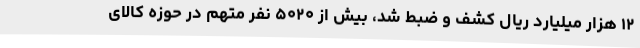
۱۲ هزار میلیارد ریال کشف و ضبط شد، بیش از ۵۰۲۰ نفر متهم در حوزه کالای